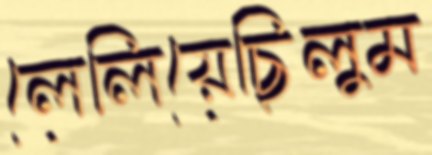
লেলিয়েছিলুম